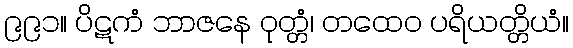
၉၉၁။ ပိဋကံ ဘာဇနေ ဝုတ္တံ၊ တထေဝ ပရိယတ္တိယံ။